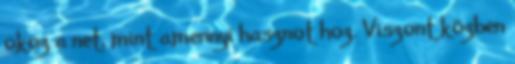
okoz a net, mint amennyi hasznot hoz. Viszont közben